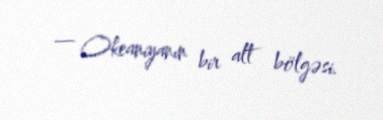
— Okeaniyanın bir alt bölgəsi.